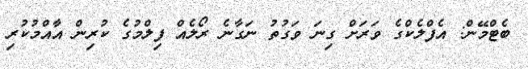
ބެޓްމޭން: އެފްލެކްގެ ވަރަށް ގިނަ ވަގުތު ނަގާނެ ރޯލެއް ފިލްމުގެ ކުރިން އާއްމުކުރި